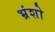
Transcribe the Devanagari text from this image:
भ्रंशो